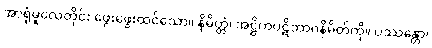
အာရုံမူလေတိုင်း ဖွေးဖွေးထင်သော။ နိမိတ္တံ၊ အဋ္ဌိကပဋိဘာဂနိမိတ်ကို။ ပဿန္တော၊